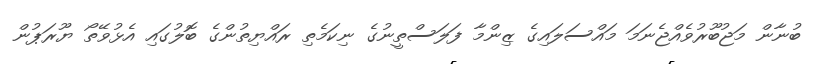
ބުނާން މަޖުބޫރުވެއްޖެނަމަ މައްސަލައިގެ ޒިންމާ ފަލަސްތީނުގެ ނިކަމެތި ރައްޔިތުންގެ ބޮލުގައި އެޅުވޭތޯ ޔޫރަޕުން